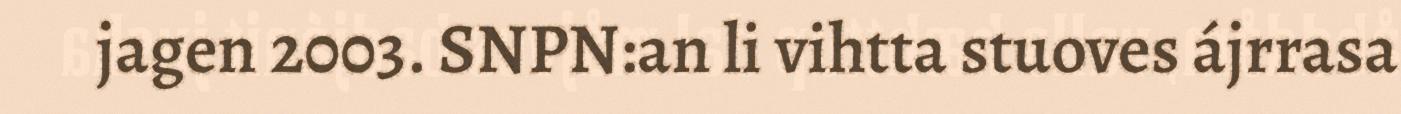
jagen 2003. SNPN:an li vihtta stuoves ájrrasa